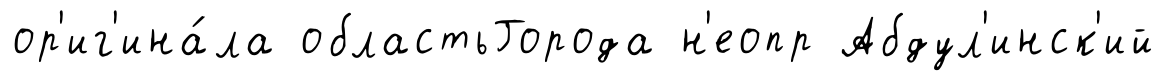
ор'иг'ина́ла областьГорода н'еопр Абдул'инск'ий